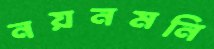
নয়নমনি